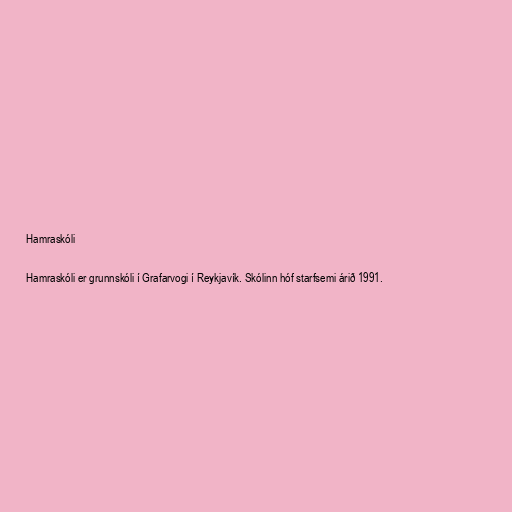
Hamraskóli

Hamraskóli er grunnskóli í Grafarvogi í Reykjavík. Skólinn hóf starfsemi árið 1991.